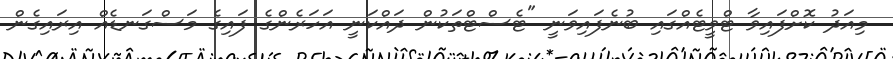
މިއަދު ކޮށްފައިވާ ޓްވީޓެއްގައި ބުނެފައިވަނީ "ޓެސްޓްތަކުން ދައްކަނީ އަހަރެންގެ ފައިގެ މަސްގަނޑެއް އިރައިގެން